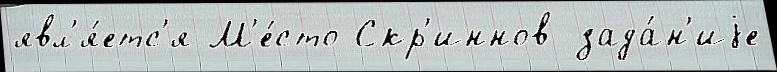
явл'я́етс'я М'е́сто Скр'иннов зада́н'иjе